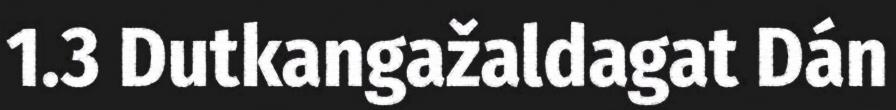
1.3 Dutkangažaldagat Dán